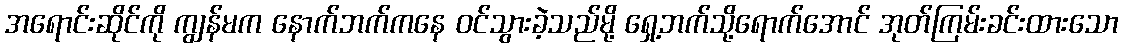
အရောင်းဆိုင်ကို ကျွန်မက နောက်ဘက်ကနေ ဝင်သွားခဲ့သည်မို့ ရှေ့ဘက်သို့ရောက်အောင် အုတ်ကြမ်းခင်းထားသော